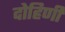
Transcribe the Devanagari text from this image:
दोहिणी